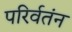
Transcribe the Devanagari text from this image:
परिर्वतंन